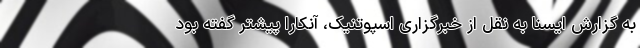
به گزارش ایسنا به نقل از خبرگزاری اسپوتنیک، آنکارا پیشتر گفته بود